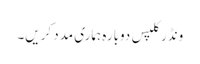
ونڈر کلپس دوبارہ ہماری مدد کریں۔